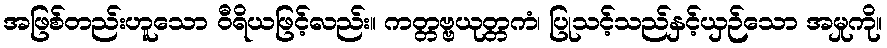
အဖြစ်တည်းဟူသော ဝီရိယဖြင့်လည်း။ ကတ္တဗ္ဗယုတ္တကံ၊ ပြုသင့်သည်နှင့်ယှဉ်သော အမှုကို။